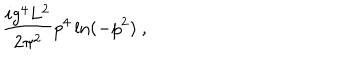
\frac { i g ^ { 4 } L ^ { 2 } } { 2 \pi ^ { 2 } } p ^ { 4 } \ln ( - p ^ { 2 } ) \ ,